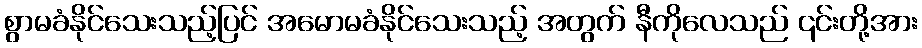
စွာမခံနိုင်သေးသည့်ပြင် အမောမခံနိုင်သေးသည့် အတွက် နီကိုလေသည် ၎င်းတို့အား